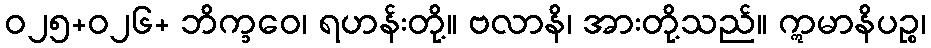
ဝ၂၅+၀၂၆+ ဘိက္ခဝေ၊ ရဟန်းတို့။ ဗလာနိ၊ အားတို့သည်။ ဣမာနိပဉ္စ၊